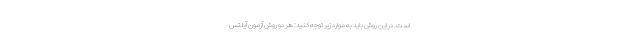
است. در این روش باید به موارد زیر توجه کنید: هر دو روش آزمون آیلتس